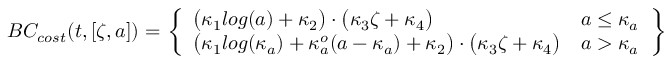
B C _ { c o s t } ( t , [ \zeta , a ] ) = \left. \left\{ \begin{array} { l l } { \big ( \kappa _ { 1 } l o g ( a ) + \kappa _ { 2 } \big ) \cdot \big ( \kappa _ { 3 } \zeta + \kappa _ { 4 } \big ) } & { a \leq \kappa _ { a } } \\ { \big ( \kappa _ { 1 } l o g ( \kappa _ { a } ) + \kappa _ { a } ^ { o } ( a - \kappa _ { a } ) + \kappa _ { 2 } \big ) \cdot \big ( \kappa _ { 3 } \zeta + \kappa _ { 4 } \big ) } & { a > \kappa _ { a } } \end{array} \right. \right\}